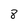
Character: 8